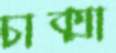
চাক্মা